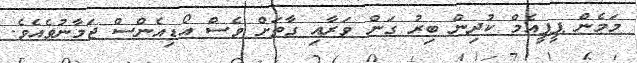
މަމެން ޕީޕީއެމް ކުދިން ބިރު ގަން ވަރާއި ގާތަށް ވެސް އޯޑިއެންސް ޖަމާނުވެއެވެ.